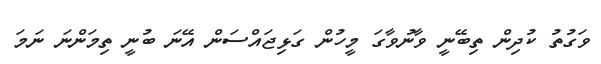
ވަގުތު ކުދިން ތިބޭނީ ވާނުވާގަ މީހުން ގަޅިޖައްސަން އޭނަ ބުނީ ތިމަންނަ ނަމަ